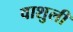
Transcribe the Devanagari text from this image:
वाशुली